Torma_(Votikvere)_vallavalitsus, lk 56
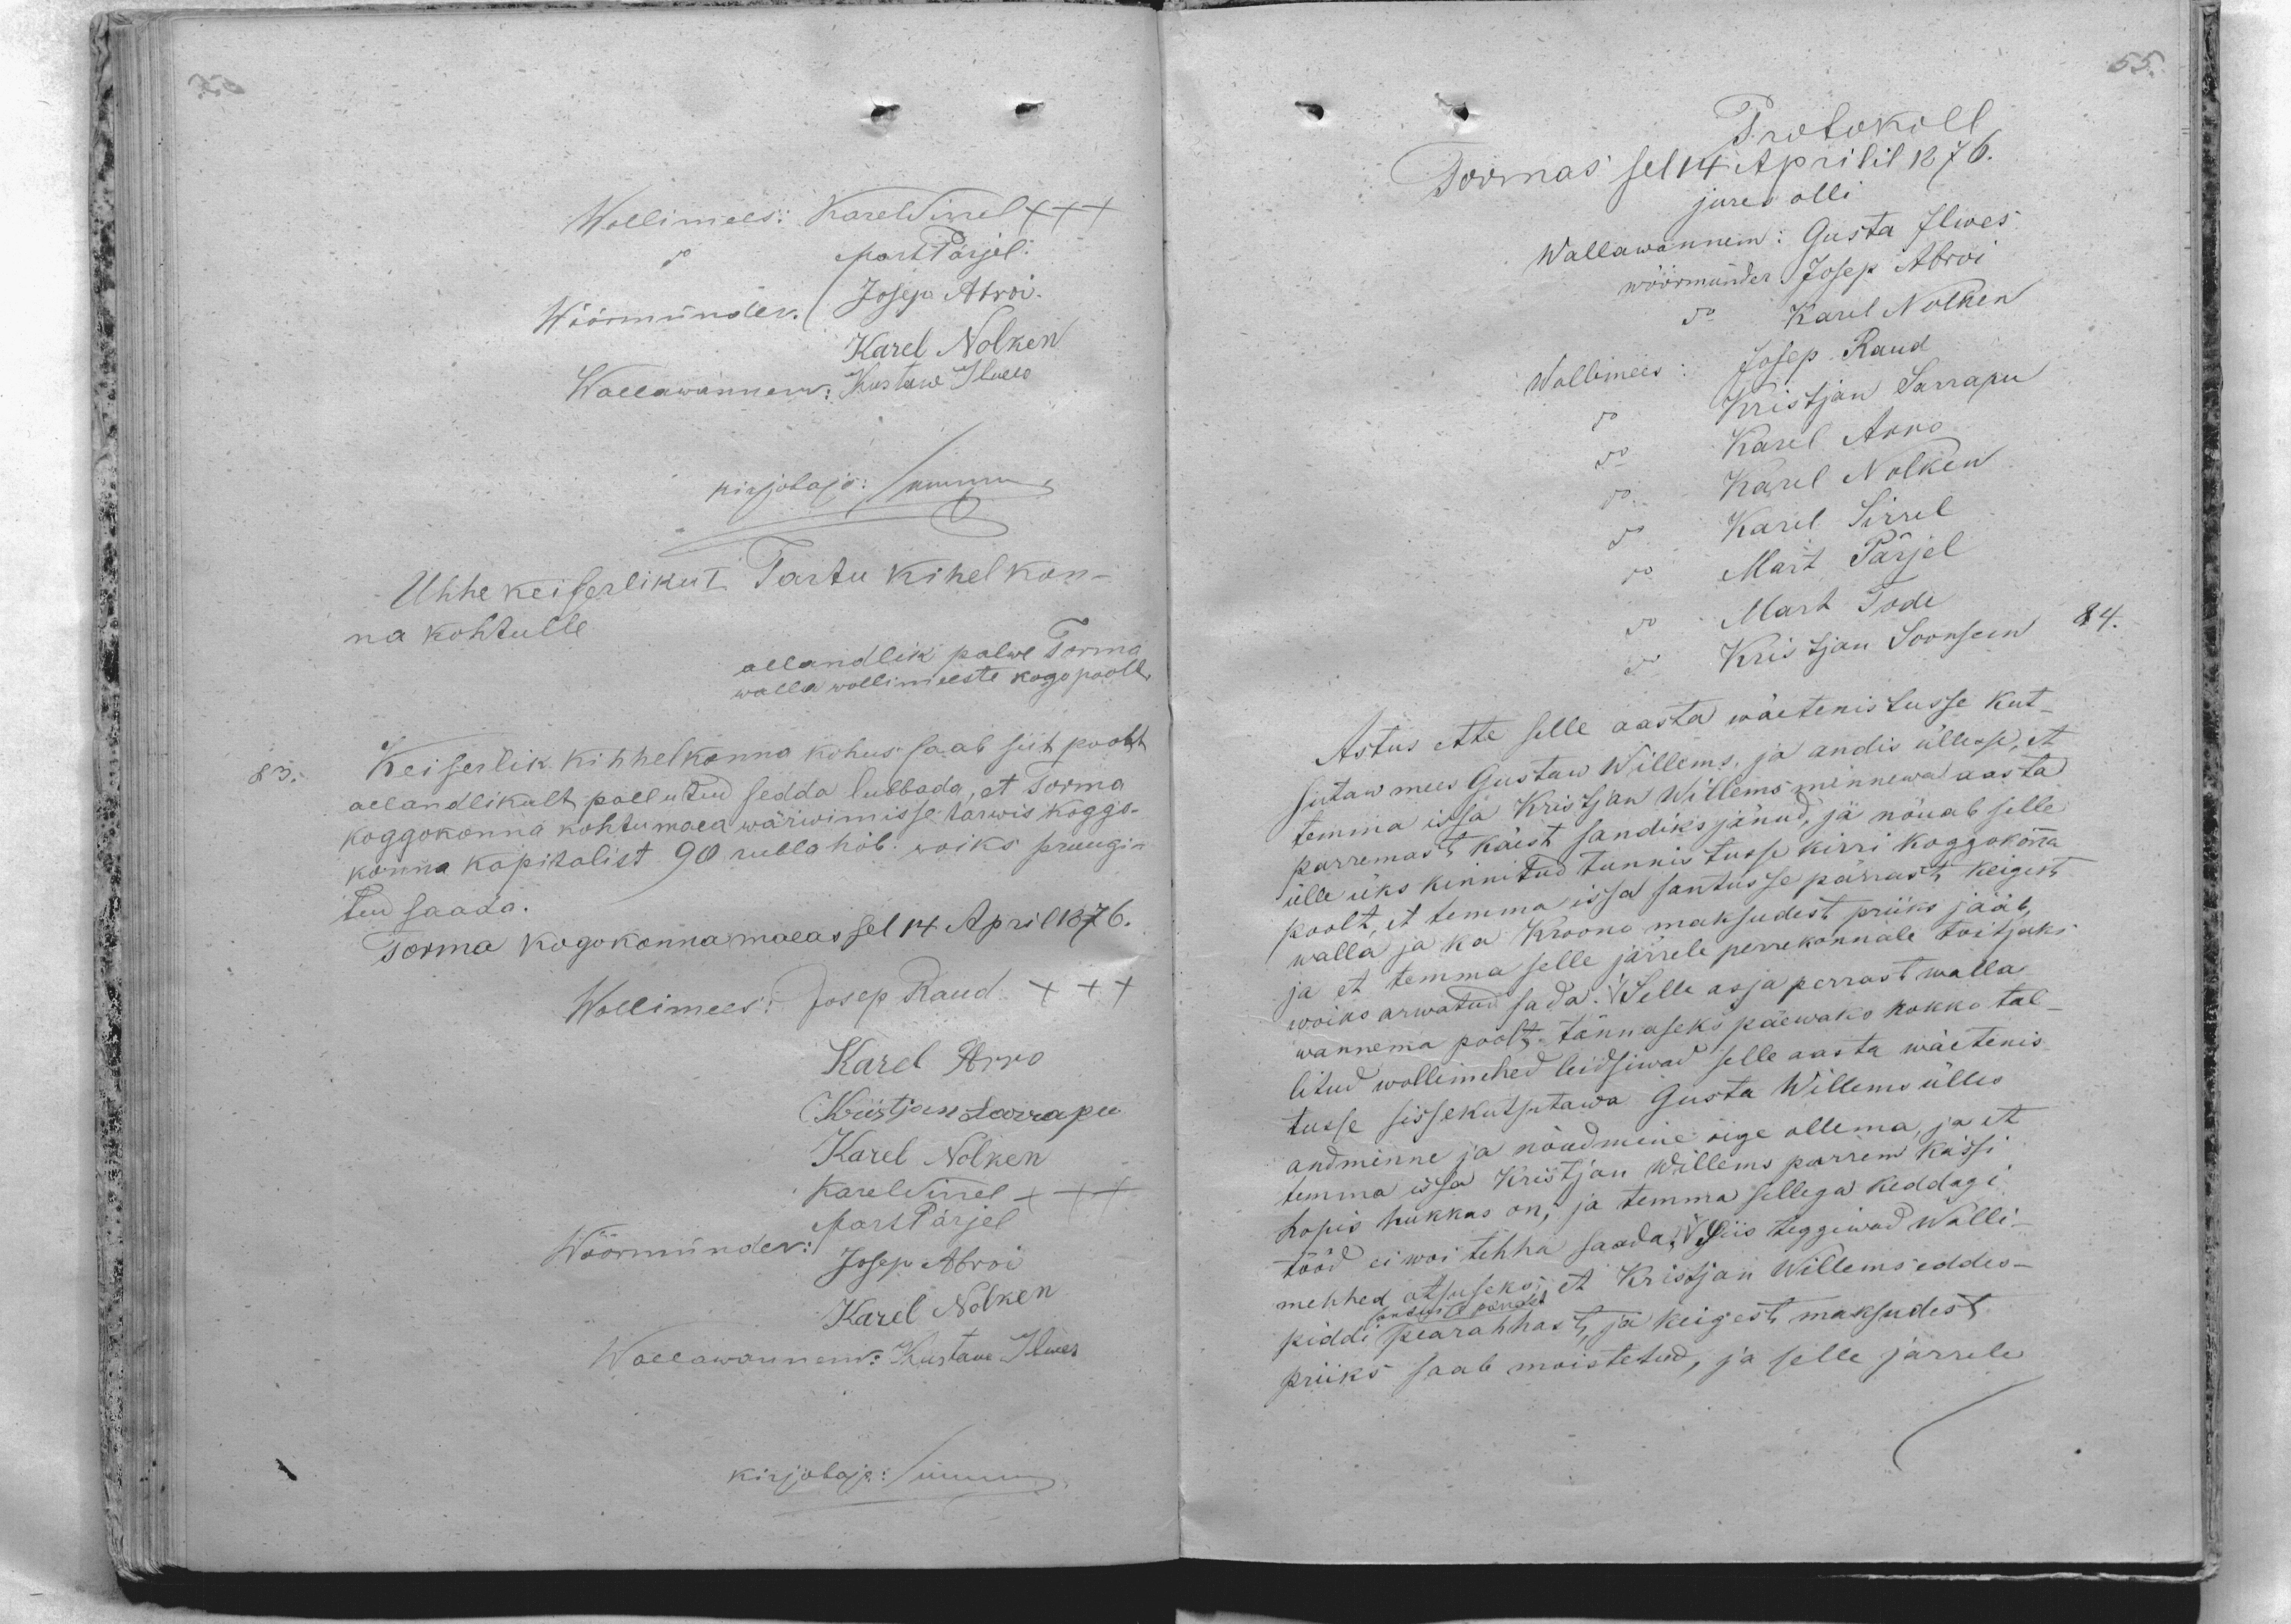
Wollimeesi Karel Sirrel xxx
Mart Pärjel
Wöörmünder Josep Abroi
Karel Nolken
Wallawannem: Kustaw Ilwes
kirjutaja: Summer
Ühhe keiserliku I Tartu kihelkon-
na kohtulle
allandlik palwe Torma
wallawollimeeste kogo poolt
83. Keiserlik kihhelkonna kohus saab siit poolt
aelandlikult pallutud sedda lubbada, et Torma
koggokonna kohtumaea wärwimisse tarwis koggo-
konna kapitalist 90 rubla höb. woiks pruugi-
tud saada.
Torma kogokonnamaeas sel 14 April 1876.
Wollimees: Josep Raud XXX
Karel Arro
Kristjan Sarrapu
Karel Nolken
Karel Sirrel XXX
Mart Pärjel
Wöörmünder: Josep Abroi
Karel Nolken
Wallawannem: Kustaw Ilwes
Kirjutaja: Summer

Protokoll
Tormas sel 14 Aprilil 1876.
jures olli
Wallawannem: Gusta Ilwes
wöörmünder Josep Abroi
Karel Nolken
Josep Raud
Wollimees:
Kristjan Sarrapu
Karel Arro
Karel Nolken
Karel Sirrel
Mart Pärjel
Mart Tode
Kristjan Soonsein
Astus ette selle aasta wäetenistusse kut-
sutaw mees Gustaw Willems, ja andis üllesse, et
temma issa Kristjan Willems minnewa aasta
parremast käest sandiks jänud, ja nõuab selle
ülle üks kinnitud tunnistusse kirri koggokonna
poolt, et temma issa santusse pärrast keigest
walla ja ka Kroono maksudest priiks jääb
ja et temma selle järrele perrekonnale toitjaks
woiks arwatud sada. Selle asja perrast walla
wannema poolt tännaseks päewaks kokko tal-
litud wollimehed leidsiwad selle aasta wäetenis
tusse sissekutsutawa Gusta Willems ülles
andminne ja nõudmine õige ollema, ja et
temma issa Kristjan Willems parrem kässi
hopis hukkas on ja temma sellega keddagi
tööd ei woi tehha saada. Siis teggiwad wolli-
santuse pärrast
mehhed otsuseks, et Kristjan Willems eddes-
piddi pearahhast ja keigest maksudest
priiks saab moistetud, ja selle järrele

84.